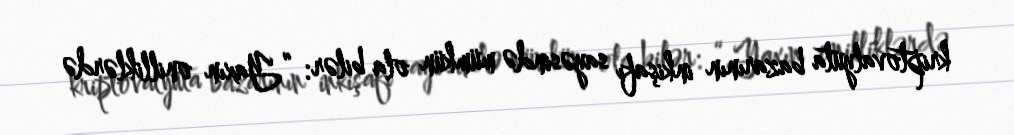
kriptovalyuta bazarının inkişafı sayəsində mümkün ola bilər: “Yaxın onilliklərdə